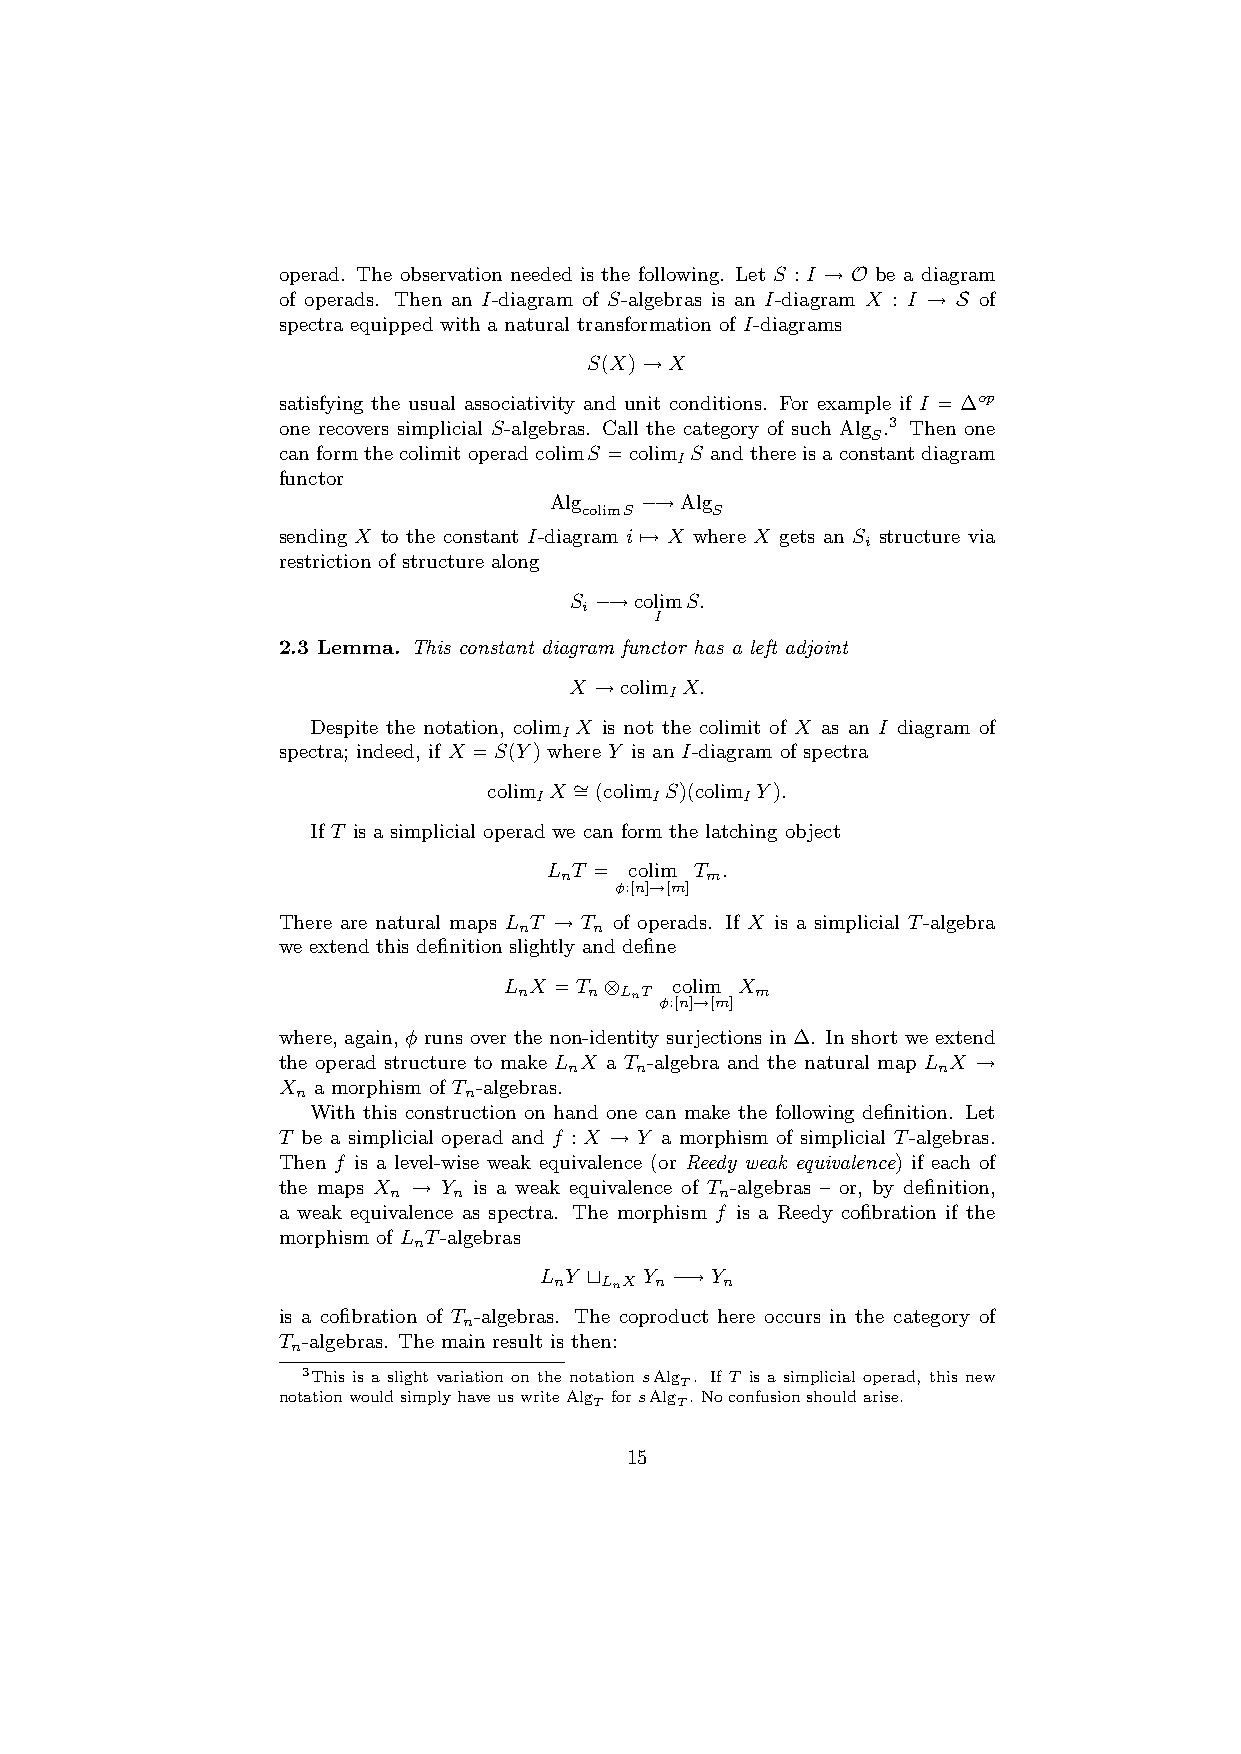
operad. The observation needed is the following. Let S : I → O be a diagram
 of operads. Then an I-diagram of S-algebras is an I-diagram X : I → S of
 spectra equipped with a natural transformation of I-diagrams
 S(X)→X
 satisfying the usual associativity and unit conditions. For example if I = ∆op
 one recovers simplicial S-algebras. Call the category of such Alg .3 Then one
 S
 canformthecolimitoperadcolimS =colim S andthereisaconstantdiagram
 I
 functor
 Alg   −→Alg
 colimS   S
 sending X to the constant I-diagram i 7→ X where X gets an S structure via
 i
 restriction of structure along
 S −→colimS.
 i
 I
 2.3 Lemma. This constant diagram functor has a left adjoint
 X →colim X.
 I
 Despite the notation, colim X is not the colimit of X as an I diagram of
 I
 spectra; indeed, if X =S(Y) where Y is an I-diagram of spectra
 colim X ∼ =(colim S)(colim Y).
 I       I     I
 If T is a simplicial operad we can form the latching object
 L T = colim T .
 n         m
 φ:[n]→[m]
 There are natural maps L T → T of operads. If X is a simplicial T-algebra
 n    n
 we extend this definition slightly and define
 L X =T ⊗   colim X
 n    n LnT
 φ:[n]→[m]
 m
 where, again, φ runs over the non-identity surjections in ∆. In short we extend
 the operad structure to make L X a T -algebra and the natural map L X →
 n   n                   n
 X  a morphism of T -algebras.
 n          n
 With this construction on hand one can make the following definition. Let
 T be a simplicial operad and f : X → Y a morphism of simplicial T-algebras.
 Then f is a level-wise weak equivalence (or Reedy weak equivalence) if each of
 the maps X → Y is a weak equivalence of T -algebras – or, by definition,
 n   n                 n
 a weak equivalence as spectra. The morphism f is a Reedy cofibration if the
 morphism of L T-algebras
 n
 L Y t  Y −→Y
 n  LnX n   n
 is a cofibration of T -algebras. The coproduct here occurs in the category of
 n
 T -algebras. The main result is then:
 n
 3This is a slight variation on the notation sAlg . If T is a simplicial operad, this new
 T
 notationwouldsimplyhaveuswriteAlg forsAlg . Noconfusionshouldarise.
 T     T
 15